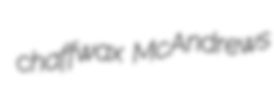
chaffwax McAndrews